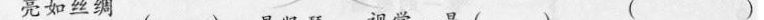
亮如丝绸 ( )